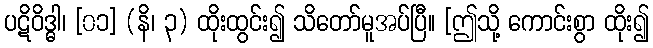
ပဋိဝိဒ္ဓါ၊ [၀၁] (နိ၊ ၃) ထိုးထွင်း၍ သိတော်မူအပ်ပြီ။ [ဤသို့ ကောင်းစွာ ထိုး၍